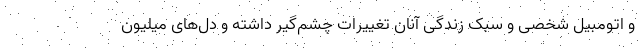
و اتومبیل شخصی و سبک زندگی آنان تغییرات چشم‌گیر داشته و دل‌های میلیون